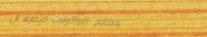
مطعم المأكولات البحرية ال